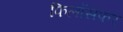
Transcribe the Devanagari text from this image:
फिलॉसफर